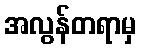
အလွန်တရာမှ